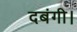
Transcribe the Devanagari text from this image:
दबंगी।